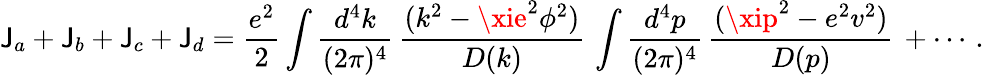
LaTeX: \mathsf{J}_{a}+\mathsf{J}_{b}+\mathsf{J}_{c}+\mathsf{J}_{d}={\frac{{e^{2}}}{{2}}}\int{\frac{{d^{4}k}}{{(2\pi)^{4}}}}\, {\frac{{(k^{2}-\xie^{2}\phi^{2})}}{{D(k)}}}\, \int{\frac{{d^{4}p}}{{(2\pi)^{4}}}}\, {\frac{{(\xip^{2}-e^{2}v^{2})}}{{D(p)}}}\, +\cdots\, .